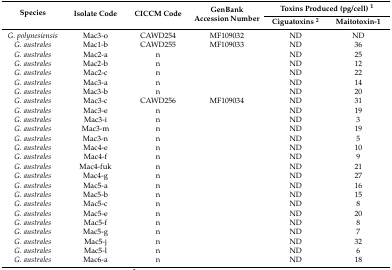
<table><thead><tr><td rowspan="2"><b>Species</b></td><td rowspan="2"><b>Isolate Code</b></td><td rowspan="2"><b>CICCM Code</b></td><td rowspan="2"><b>GenBank Accession Number</b></td><td colspan="2"><b>Toxins Produced (pg/cell) <sup>1</sup></b></td></tr><tr><td><b>Ciguatoxins <sup>2</sup></b></td><td><b>Maitotoxin-1</b></td></tr></thead><tbody><tr><td><i>G. polynesiensis</i></td><td>Mac3-o</td><td>CAWD254</td><td>MF109032</td><td>ND</td><td>ND</td></tr><tr><td><i>G. australes</i></td><td>Mac1-b</td><td>CAWD255</td><td>MF109033</td><td>ND</td><td>36</td></tr><tr><td><i>G. australes</i></td><td>Mac2-a</td><td>n</td><td></td><td>ND</td><td>25</td></tr><tr><td><i>G. australes</i></td><td>Mac2-b</td><td>n</td><td></td><td>ND</td><td>12</td></tr><tr><td><i>G. australes</i></td><td>Mac2-c</td><td>n</td><td></td><td>ND</td><td>22</td></tr><tr><td><i>G. australes</i></td><td>Mac3-a</td><td>n</td><td></td><td>ND</td><td>14</td></tr><tr><td><i>G. australes</i></td><td>Mac3-b</td><td>n</td><td></td><td>ND</td><td>20</td></tr><tr><td><i>G. australes</i></td><td>Mac3-c</td><td>CAWD256</td><td>MF109034</td><td>ND</td><td>31</td></tr><tr><td><i>G. australes</i></td><td>Mac3-e</td><td>n</td><td></td><td>ND</td><td>19</td></tr><tr><td><i>G. australes</i></td><td>Mac3-i</td><td>n</td><td></td><td>ND</td><td>3</td></tr><tr><td><i>G. australes</i></td><td>Mac3-m</td><td>n</td><td></td><td>ND</td><td>19</td></tr><tr><td><i>G. australes</i></td><td>Mac3-n</td><td>n</td><td></td><td>ND</td><td>5</td></tr><tr><td><i>G. australes</i></td><td>Mac4-e</td><td>n</td><td></td><td>ND</td><td>10</td></tr><tr><td><i>G. australes</i></td><td>Mac4-f</td><td>n</td><td></td><td>ND</td><td>9</td></tr><tr><td><i>G. australes</i></td><td>Mac4-fuk</td><td>n</td><td></td><td>ND</td><td>21</td></tr><tr><td><i>G. australes</i></td><td>Mac4-g</td><td>n</td><td></td><td>ND</td><td>27</td></tr><tr><td><i>G. australes</i></td><td>Mac5-a</td><td>n</td><td></td><td>ND</td><td>16</td></tr><tr><td><i>G. australes</i></td><td>Mac5-b</td><td>n</td><td></td><td>ND</td><td>15</td></tr><tr><td><i>G. australes</i></td><td>Mac5-c</td><td>n</td><td></td><td>ND</td><td>8</td></tr><tr><td><i>G. australes</i></td><td>Mac5-e</td><td>n</td><td></td><td>ND</td><td>20</td></tr><tr><td><i>G. australes</i></td><td>Mac5-f</td><td>n</td><td></td><td>ND</td><td>8</td></tr><tr><td><i>G. australes</i></td><td>Mac5-g</td><td>n</td><td></td><td>ND</td><td>7</td></tr><tr><td><i>G. australes</i></td><td>Mac5-j</td><td>n</td><td></td><td>ND</td><td>32</td></tr><tr><td><i>G. australes</i></td><td>Mac5-l</td><td>n</td><td></td><td>ND</td><td>6</td></tr><tr><td><i>G. australes</i></td><td>Mac6-a</td><td>n</td><td></td><td>ND</td><td>18</td></tr></tbody></table>